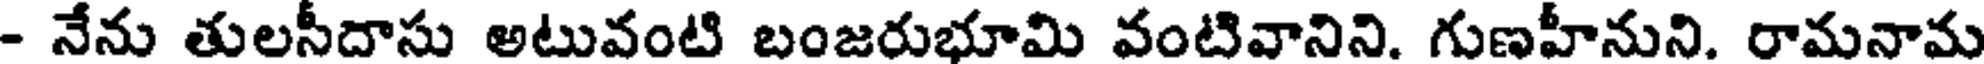
- నేను తులసీదాసు అటువంటి బంజరుభూమి వంటివానిని. గుణహీనుని. రామనామ